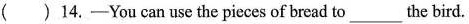
( )14.-You can use the pieces of bread to__the bird.